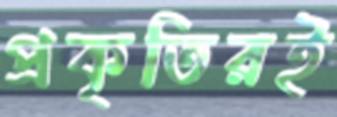
প্রকৃতিরই